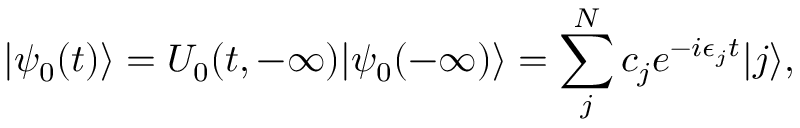
| \psi _ { 0 } ( t ) \rangle = U _ { 0 } ( t , - \infty ) | \psi _ { 0 } ( - \infty ) \rangle = \sum _ { j } ^ { N } c _ { j } e ^ { - i \epsilon _ { j } t } | j \rangle ,